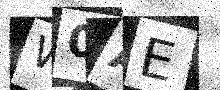
Text: W0AE